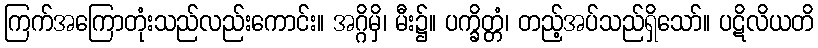
ကြက်အကြောတုံးသည်လည်းကောင်း။ အဂ္ဂိမှိ၊ မီး၌။ ပက္ခိတ္တံ၊ တည့်အပ်သည်ရှိသော်။ ပဋိလိယတိ